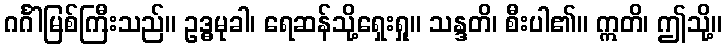
ဂင်္ဂါမြစ်ကြီးသည်။ ဥဒ္ဓမုခါ၊ ရေဆန်သို့ရှေးရှု။ သန္ဒတိ၊ စီးပါ၏။ ဣတိ၊ ဤသို့။